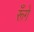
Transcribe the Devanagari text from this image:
रूँगे